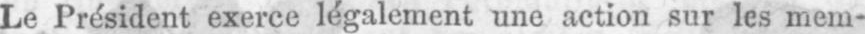
Le Président exerce légalement une action sur les mem-